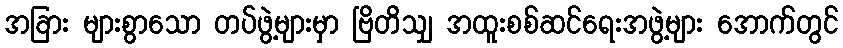
အခြား များစွာသော တပ်ဖွဲ့များမှာ ဗြိတိသျှ အထူးစစ်ဆင်ရေးအဖွဲ့များ အောက်တွင်